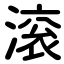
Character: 滚